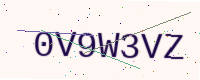
Text: 0V9W3VZ